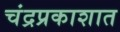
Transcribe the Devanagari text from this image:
चंद्रप्रकाशात